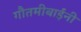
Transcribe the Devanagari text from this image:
गौतमीबाईंनी